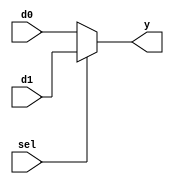
module b2_mux_2_1_sel
(
    input  [1:0] d0,
    input  [1:0] d1,
    input        sel,
    output [1:0] y
);
    assign y = sel ? d1 : d0;
endmodule